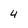
Character: 4